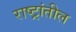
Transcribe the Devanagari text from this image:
राष्ट्रांतील